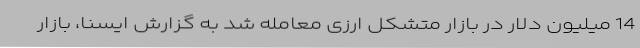
14 میلیون دلار در بازار متشکل ارزی معامله شد به گزارش ایسنا، بازار